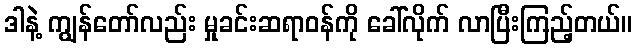
ဒါနဲ့ ကျွန်တော်လည်း မှုခင်းဆရာဝန်ကို ခေါ်လိုက် လာပြီးကြည့်တယ်။